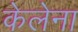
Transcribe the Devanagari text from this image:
केलेना